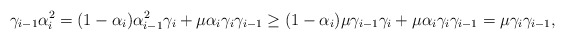
\begin{align*}\gamma_{i-1}\alpha_i^2=(1-\alpha_i)\alpha_{i-1}^2\gamma_i+\mu\alpha_i\gamma_i\gamma_{i-1}\geq(1-\alpha_i)\mu\gamma_{i-1}\gamma_i+\mu\alpha_i\gamma_i\gamma_{i-1}=\mu\gamma_i\gamma_{i-1},\end{align*}